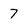
Character: 7